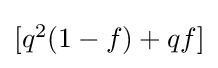
{\textstyle [q^{2}(1-f)+qf]}